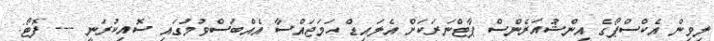
ލިވިން އެކްސްޕޯގެ އިންޝުއަރެންސް ޕާޓްނަރަކަށް އެލައިޑް ހަމަޖައްސާ އެއްބަސްވުމުގައި ސޮއިކުރަނީ --- ފޮޓޯ: